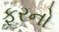
ફરનો